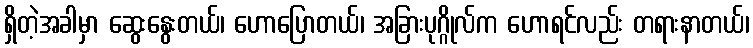
ရှိတဲ့အခါမှာ ဆွေးနွေးတယ်၊ ဟောပြောတယ်၊ အခြားပုဂ္ဂိုလ်က ဟောရင်လည်း တရားနာတယ်၊